Report on horse surra - Volume II, Part I
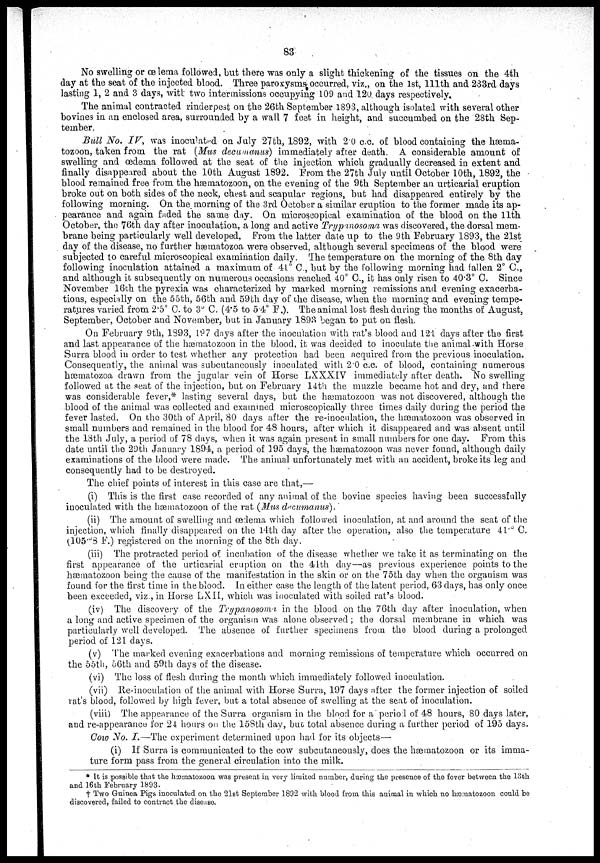
83
No swelling or œdema followed, but there was only a slight thickening of the tissues on the 4th
day at the seat of the injected blood. Three paroxysms occurred, viz., on the 1st, 111th and 233rd days
lasting 1, 2 and 3 days, with two intermissions occupying 109 and 120 days respectively.
The animal contracted rinderpest on the 26th September 1893, although isolated with several other
bovines in an enclosed area, surrounded by a wall 7 feet, in height, and succumbed on the 28th Sep-
tember.
Bull No. IV, was inoculated on July 27 th, 1892, with 2.0 c.c. of blood containing the hæma-
tozoon, taken from the rat (Mus decumanus) immediately after death. A considerable amount of
swelling and œdema followed at the seat of the injection which gradually decreased in extent and
finally disappeared about the 10th August 1892. From the 27th July until October 10th, 1892, the
blood remained free from the hæmatozoon, on the evening of the 9th September an urticarial eruption
broke out on both sides of the neck, chest and scapular regions, but had disappeared entirely by the
following morning. On the. morning of the 3rd October a similar eruption to the former made its ap-
pearance and again faded the same day. On microscopical examination of the blood on the 11th
October, the 76th day after inoculation, a long and active Trypanosoma was discovered, the dorsal mem-
brane being particularly well developed, From the latter date up to the 9th February 1893, the 21st
day of the disease, no further hæmatozoa were observed, although several specimens of the blood were
subjected to careful microscopical examination daily. The temperature on the morning of the 8th day
following inoculation attained a maximum of 41° C., but by the following morning had fallen 2° C.,
and although it subsequently on numerous occasions reached 40° C., it has only risen to 40.3° C. Since
November 16th the pyrexia was characterized by marked morning remissions and evening exacerba-
tions, especially on the 55th, 56th and 59th day of the disease, when the morning and evening tempe-
ratures varied from 2.5°C. to 3° C. (4.5 to 5.4° F.). The animal lost flesh during the months of August,
September, October and November, but in January 1893 began to put on flesh.
On February 9th, 1893, 197 days after the inoculation with rat's blood and 121 days after the first
and last appearance of the hæmatozoon in the blood, it was decided to inoculate the animal with Horse
Surra blood in order to test whether any protection had been acquired from the previous inoculation.
Consequently, the animal was subcutaneously inoculated with 2.0 c.c. of blood, containing numerous
hæmatozoa drawn from the jugular vein of Horse LXXXIV immediately after death. No swelling
followed at the seat of the injection, but on February 14th the muzzle became hot and dry, and there
was considerable fever,* lasting several days, but the hæmatozoon was not discovered, although the
blood of the animal was collected and examined microscopically three times daily during the period the
fever lasted. On the 30th of April, 80 days after the re-inoculation, the hæmatozoon was observed in
small numbers and remained in the blood for 48 hours, after which it disappeared and was absent until
the 18th July, a period of 78 days, when it was again present in small numbers for one day. From this
date until the 29th January 1894, a period of 195 days, the hæmatozoon was never found, although daily
examinations of the blood were made. The animal unfortunately met with an accident, broke its leg and
consequently had to be destroyed.
The chief points of interest in this case are that,
(i) This is the first case recorded of any animal of the bovine species having been successfully
inoculated with the hæmatozoon of the rat (Mus decumanus).
(ii) The amount of swelling and œdema which followed inoculation, at and around the seat of the
injection, which finally disappeared on the 14th day after the operation, also the temperature 41°C.
105.°8 F.) registered on the morning of the 8th day.
(iii) The protracted period of incubation of the disease whether we take it as terminating on the
first appearance of the urticarial eruption on the 44th day—as previous experience points to the
hæmatozoon being the cause of the manifestation in the skin or on the 75th day when the organism was
found for the first time in the blood. In either case the length of the latent period, 63 days, has only once
been exceeded, viz., in Horse LXII, which was inoculated with soiled rat's blood.
(iv) The discovery of the Trypanosoma in the blood on the 76th day after inoculation, when
a long and active specimen of the organism was alone observed ; the dorsal membrane in which was
particularly well developed. The absence of further specimens from the blood during a prolonged
period of 121 days.
(v) The marked evening exacerbations and morning remissions of temperature which occurred on
the 55th, 56th and 59th days of the disease-.
(vi) The loss of flesh during the month which immediately followed inoculation.
(vii) Re-inoculation of the animal with Horse Surra, 197 days after the former injection of soiled
rat's blood, followed by high fever, but a total absence of swelling at the seat of inoculation.
(viii) The appearance of the Surra organism in the blood for a period of 48 hours, 80 days later,
and re-appearance for 24 hours on the 158th day, but total absence during a further period of 195 days.
Cow No. I.—The experiment determined upon had for its objects—
(i) If Surra is communicated to the cow subcutaneously, does the hæmatozoon or its imma-
ture form pass from the general circulation into the milk.
* It is possible that the hæmatozoon was present in very limited number, during the presence of the fever between the 13th
and 16th February 1893.
† Two Guinea Pigs inoculated on the 21st September 1892 with blood from this animal in which no hæmatozoon could be
discovered, failed to contract the disense.